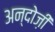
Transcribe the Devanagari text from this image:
अन्दोज़ी